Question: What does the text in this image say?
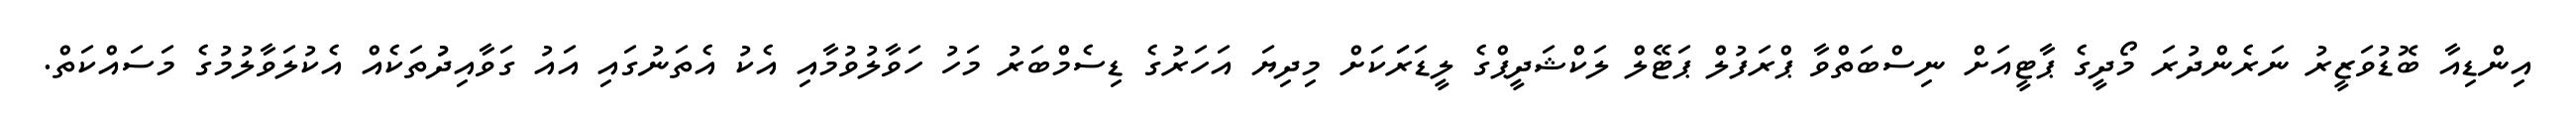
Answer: އިންޑިއާ ބޮޑުވަޒީރު ނަރެންދުރަ މޯދީގެ ޕާޓީއަށް ނިސްބަތްވާ ޕްރަފުލް ޕަޓޭލް ލަކްޝަދީޕްގެ ލީޑަރަަކަށް މިދިޔަ އަހަރުގެ ޑިސެމްބަރު މަހު ހަވާލުވުމާއި އެކު އެތަނުގައި އައު ގަވާއިދުުތަކެއް އެކުލަވާލުމުގެ މަސައްކަތް.